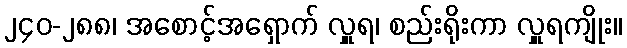
၂၄၀-၂၈၈၊ အစောင့်အရှောက် လှူရ၊ စည်းရိုးကာ လှူရကျိုး။